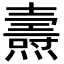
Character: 燾